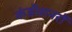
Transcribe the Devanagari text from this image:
कंडीशनरों